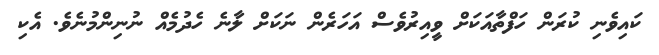
ކައިވެނި ކުރަން ހަފްތާއަކަށް ވީއިރުވެސް އަހަރެން ނަކަށް ލާނެ ހެދުމެއް ނުނިންމުނެވެ. އެކި